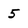
Character: 5